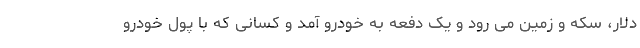
دلار، سکه و زمین می رود و یک دفعه به خودرو آمد و کسانی که با پول خودرو